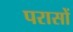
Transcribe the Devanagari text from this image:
परासों